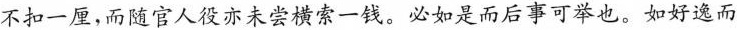
不扣一厘，而随官人役亦未尝横索一钱。必如是而后事可举也。如好逸而